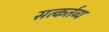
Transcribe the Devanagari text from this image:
सत्कर्तव्य